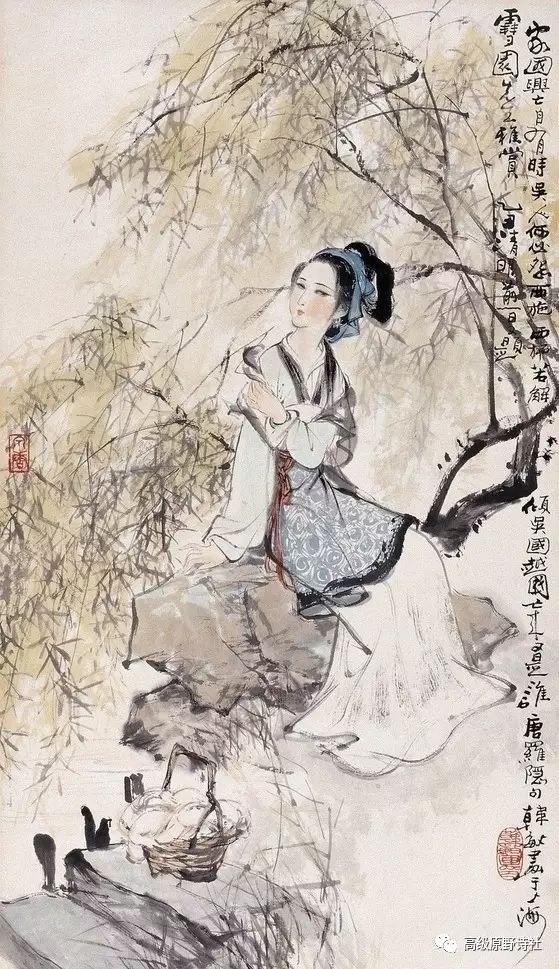
铜铸金镛振纪纲，声传海外播戎羌。